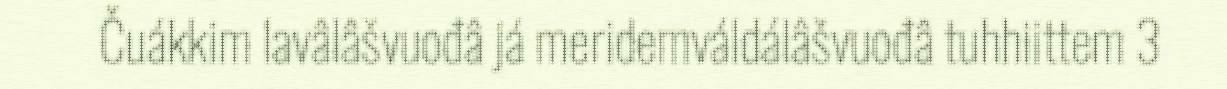
Čuákkim lavâlâšvuođâ já meridemváldálâšvuođâ tuhhiittem 3